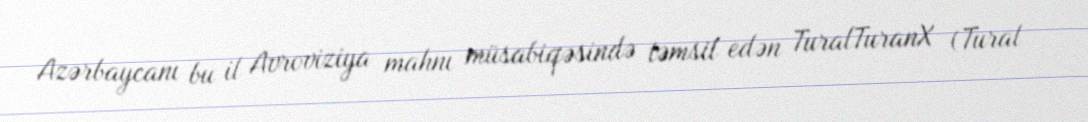
Azərbaycanı bu il Avroviziya mahnı müsabiqəsində təmsil edən TuralTuranX (Tural